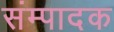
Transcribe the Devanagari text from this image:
संम्पादक